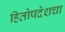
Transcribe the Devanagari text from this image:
हितोपदेशचा